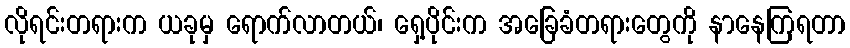
လိုရင်းတရားက ယခုမှ ရောက်လာတယ်၊ ရှေ့ပိုင်းက အခြေခံတရားတွေကို နာနေကြရတာ